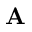
{ \bf A }